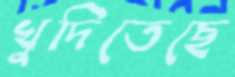
খুদিতেছে